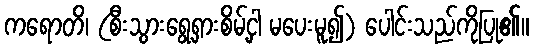
ကရောတိ၊ (စီးသွားရွေ့ရှားစိမ့်ငှါ မပေးမူ၍) ပေါင်းသည်ကိုပြု၏။